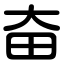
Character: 奋